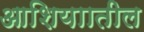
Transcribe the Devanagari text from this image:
आशियाातील